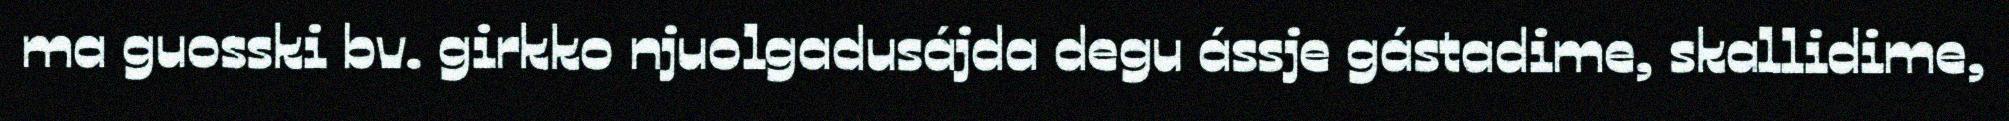
ma guosski bv. girkko njuolgadusájda degu ássje gástadime, skallidime,